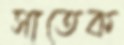
সাতেক